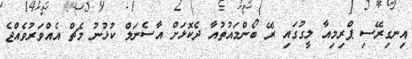
އިނގިރޭސި ޕްރިމިއާ ލީގުގައި ރޭ ބޯންމައުތުއާ ދެކޮޅަށް އާސެނަލް ކުޅުނު މެޗް އެއްވަރުވެއްޖެ